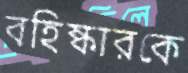
বহিষ্কারকে